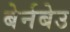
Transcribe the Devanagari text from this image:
बेर्नबेउ